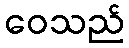
ဝေသည်